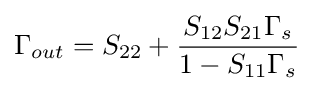
\Gamma _{out}=S_{22}+{\frac {S_{12}S_{21}\Gamma _{s}}{1-S_{11}\Gamma _{s}}}